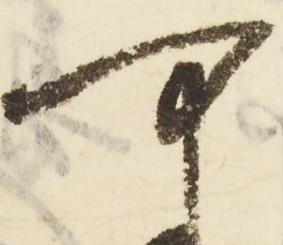
可